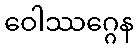
ဝေါဿဂ္ဂေန